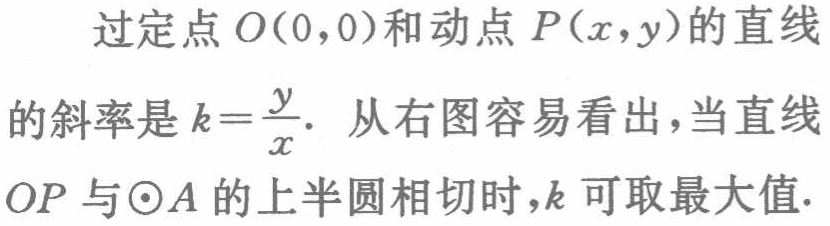
过定点\(O(0,0)\)和动点\(P(x,y)\)的直线
的斜率是\(k = \frac{y}{x}\). 从右图容易看出，当直线
\(OP\)与\(\odot A\)的上半圆相切时，\(k\)可取最大值.